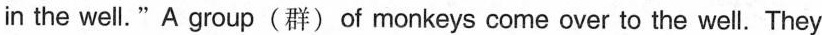
in the well."A group(群)of monkeys come over to the well. They